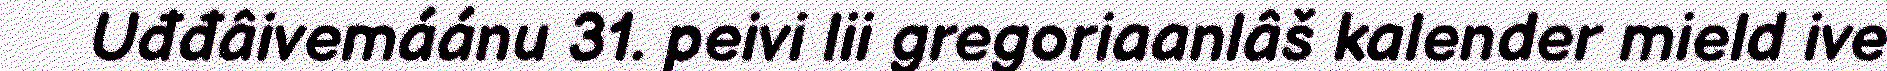
Uđđâivemáánu 31. peivi lii gregoriaanlâš kalender mield ive